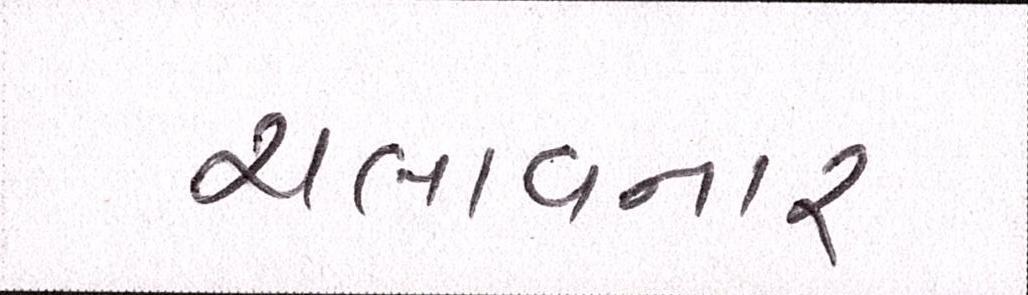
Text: ચલાવનાર